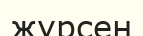
жүрсен